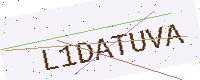
Text: L1DATUVA